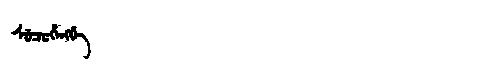
Manchu: ᠰᡠᠴᡠᡥᡝᠩᡤᡝ
Romanization: SUCUHENGGE